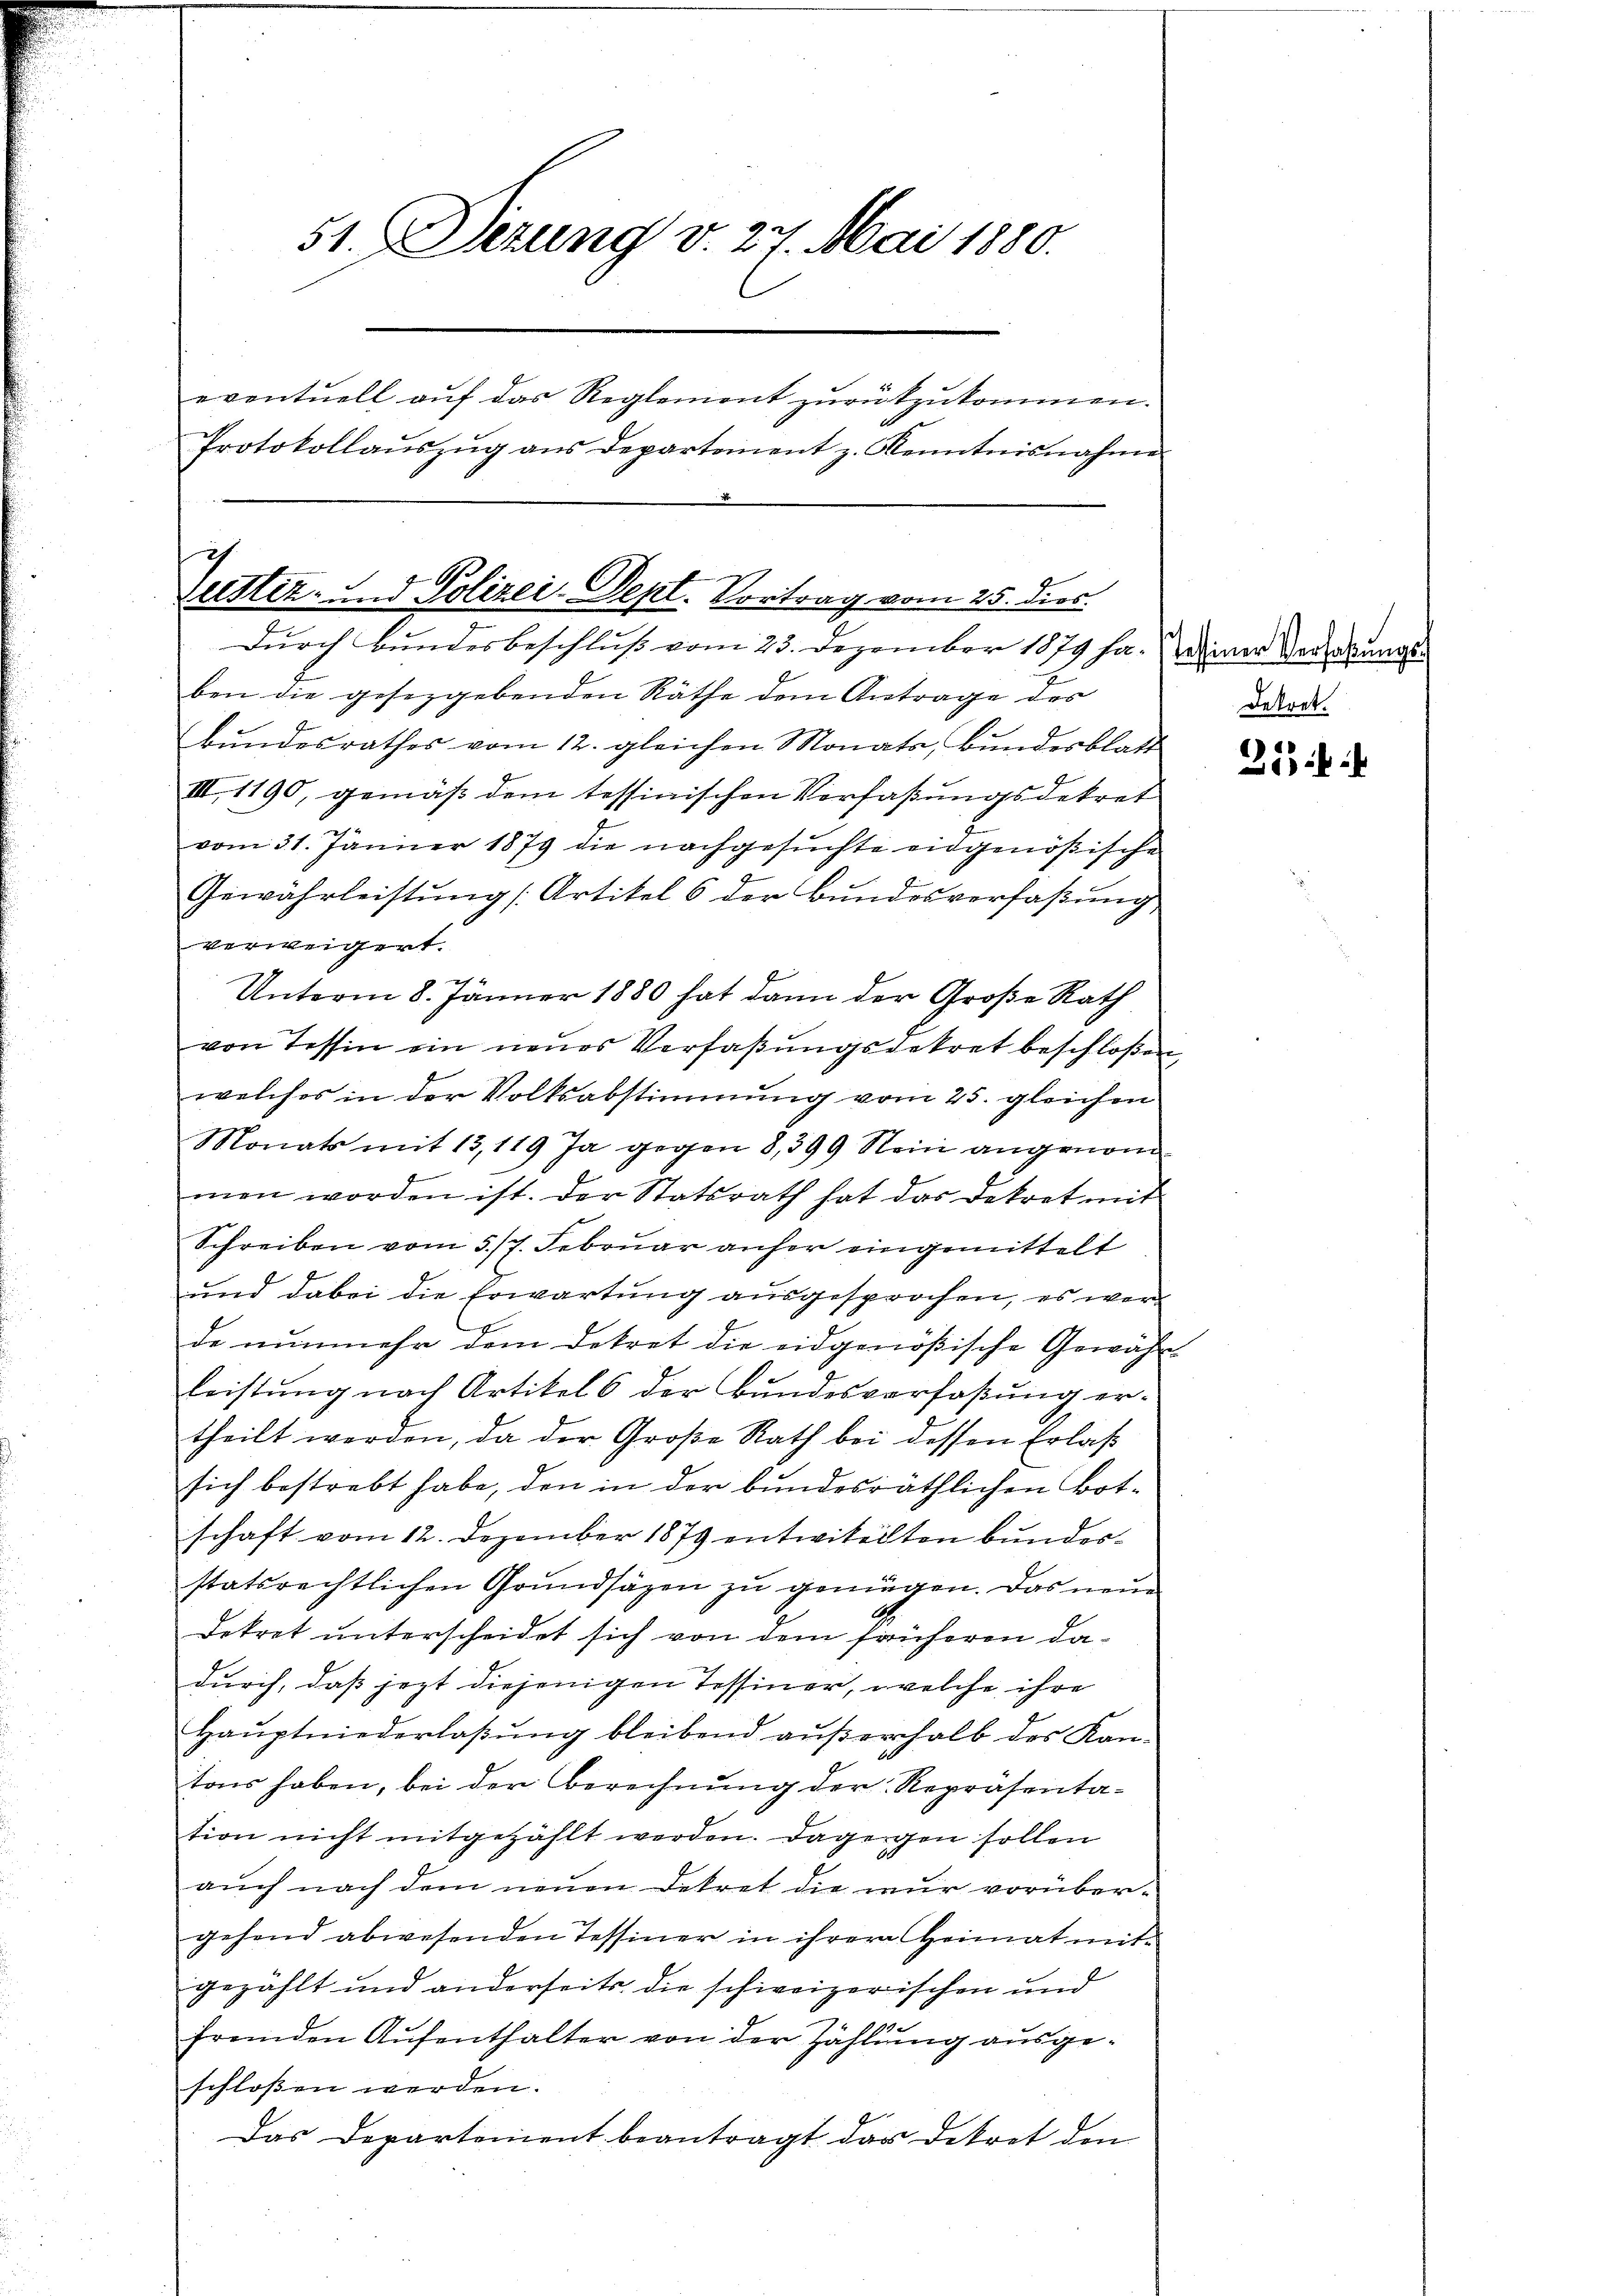
51. Dezung v. 27. Mai 1880.
eventuell auf das Reglement zurückzukommen.
Protokollauszug aus Departement z. Kenntnisnahme

Zustiz. And Polizei-Dept. Vortrag vom 25. dies
Durch Bundesbeschluß vom 23. Dezember 1879 ha. einer Verzerungs¬

ben die gesezgebenden Räthe dem Antrage des
bŭndesrathes vom 12. gleichen Monats Bŭndesblatt
III. 1190, gemäß dem tessinischen Verfaßungsdekret
vom 31. Jänner 1879 die nachgesuchte eidgenößische
Gewährleistŭng Artikel 6 der Bŭndesverfaβŭng
verweigert.

Unterm 8. Jänner 1880 hat dann der Große Rath
von Tessin ein neues Verfaßungsdekret beschloßen,
welches in der Volksabstimmung vom 25. gleichen
Monats mit 13,119 Ja gegen 8,399 Nein angenommen worden ist. Der Statsrath hat das Dekret mit
Schreiben vom 5/7. Februar anher eingemittelt
und dabei die Erwartung ausgesprochen, es werde nunmehr dem Dekret die eidgenößische Gewähr
leistung nach Artikels der Bundesverfaßung ertheilt werden, da der Große Rath bei dessen Erlaß
sich bestrebt habe, den in der bundesräthlichen Botschaft vom 12. Dezember 1879 entwickelten Bundesstatsrechtlichen Grundsätzen zu genügen. Das neue
Dekret unterscheidet sich von dem früheren dadurch, daß jezt diejenigen Tessiner, welche ihre
Haŭptniederlaβŭng bleibend aŭβerhalb des Kan-
tons haben, bei der Berechnung der Repräsentation nicht mitgezählt werden. Dagegen sollen
auch nach dem neuen Dekret die nur vorübergehend abwesenden Tessiner in ihrere Heimat mit-
gezählt und anderseits die schweizerischen und
fremden Aufenthalter von der Zählung ausgeschlossen werden.
Das Departement beantragt das Dekret den

Dekret.

21)